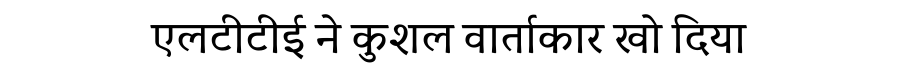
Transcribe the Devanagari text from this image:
एलटीटीई ने कुशल वार्ताकार खो दिया